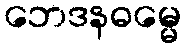
ဘေဒနဓမ္မေ